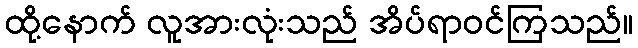
ထို့နောက် လူအားလုံးသည် အိပ်ရာဝင်ကြသည်။